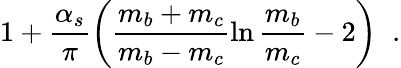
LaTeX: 1+\frac{\alpha_{s}}{\pi}\left(\frac{m_{b}+m_{c}}{m_{b}-m_{c}}\ln\frac{m_{b}}{m_{c}}-2\right)\; \; .